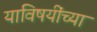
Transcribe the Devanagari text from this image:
याविषयींच्या